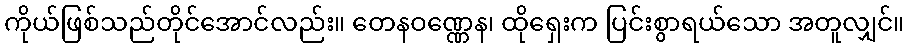
ကိုယ်ဖြစ်သည်တိုင်အောင်လည်း။ တေနဝဏ္ဏေန၊ ထိုရှေးက ပြင်းစွာရယ်သော အတူလျှင်။